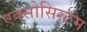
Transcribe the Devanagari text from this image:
एक्सोसिस्टम